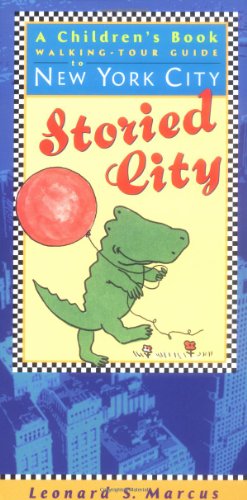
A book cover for Storied City: A Children's Book Walking-Tour Guide to New York City; Leonard M. Marcus; Teen & Young Adult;